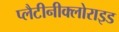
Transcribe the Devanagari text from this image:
प्लैटीनीक्लोराइड